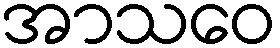
အာသဝေ